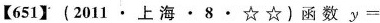
【651】(2011·上海·8·☆☆)函数y=